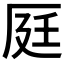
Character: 𠩢